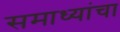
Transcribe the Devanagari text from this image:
समाध्यांचा